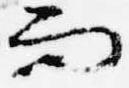
而